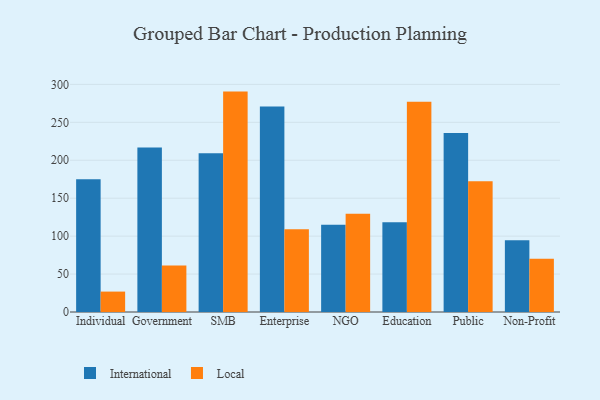
{"axis": {"x": "Segment", "y": "Bounce Rate (%)"}, "legend": ["International", "Local"], "data": [{"x": "Individual", "y": 175.1, "type": "International"}, {"x": "Individual", "y": 26.9, "type": "Local"}, {"x": "Government", "y": 216.8, "type": "International"}, {"x": "Government", "y": 61.3, "type": "Local"}, {"x": "SMB", "y": 209.3, "type": "International"}, {"x": "SMB", "y": 290.5, "type": "Local"}, {"x": "Enterprise", "y": 270.9, "type": "International"}, {"x": "Enterprise", "y": 109.1, "type": "Local"}, {"x": "NGO", "y": 115.0, "type": "International"}, {"x": "NGO", "y": 129.5, "type": "Local"}, {"x": "Education", "y": 118.2, "type": "International"}, {"x": "Education", "y": 277.1, "type": "Local"}, {"x": "Public", "y": 236.0, "type": "International"}, {"x": "Public", "y": 172.3, "type": "Local"}, {"x": "Non-Profit", "y": 94.5, "type": "International"}, {"x": "Non-Profit", "y": 70.1, "type": "Local"}]}